system: You are a helpful assistant.
user:
Analyze the provided spectrum to determine if it is a **S-type Star**.

- **Key Indicators for S-type Star:**

    - **(Overall Spectrum Shape):** The first and most obvious characteristic is the overall continuum (the "baseline" shape). It is **extremely "red-sloping,"** meaning the flux (light intensity) is very low on the left side (blue, ~4000-4500 Å) and rises steeply and continuously toward the right side (red, ~7000 Å+).

    - **(Primary):** The spectrum is defined by the presence of strong, broad molecular absorption "valleys" (bands) from **Zirconium Oxide (ZrO)**. The identification of these bands is the **primary requirement** for classifying a star as S-type.
        - **(Key Bandheads):** You must find distinct, deep "dips" where the light has been absorbed. The most critical band systems to locate are:
            - **~6474 Å** ($\gamma$-system): This is often the strongest and clearest ZrO feature, found in the red part of the spectrum.
            - **~5718 Å** & **~5551 Å** ($\beta$-system): A pair of prominent absorption features in the yellow-orange part of the spectrum.
            - **~4640 Å** ($\alpha$-system): A key absorption band system in the blue-green region of the spectrum.

    - **(Secondary Confirmation):** The classification is strengthened by finding additional absorption bands from other related heavy element oxides, which are expected to be present alongside ZrO.
        - **(Key Bandheads):**
            - **Yttrium Oxide (YO):** Look for absorption dips near **~4800 Å** and **~6100 Å**.
            - **Lanthanum Oxide (LaO):** Additional absorption features, particularly in the red-orange part of the spectrum, are also characteristic.

    - **(Line Profile):** The combination of the steep red continuum and these numerous, deep molecular bands (ZrO, YO, etc.) gives the entire spectrum a very **"chopped-up"** or **"bumpy"** appearance. Instead of a smooth curve, the spectrum looks as though large, wide chunks of light have been "carved out" of it at the specific wavelengths listed above.

Think first, call **spectral_visualization_tool** if needed to examine features in detail, then provide your final answer. Your response must adhere to the following strict rules:
1.  **Overall Structure:** Your response must follow the format `<think>...</think> <tool_call>...</tool_call> (if a tool is used) <answer>...</answer>`.
2.  **Tool Usage Constraint:** You may only make **one** tool call per turn.
3.  **Final Answer Format:** In the `<answer>` tag, your conclusion must be inside a `\boxed{}` command (e.g., `\boxed{YES}` or `\boxed{NO}`), followed by your justification.

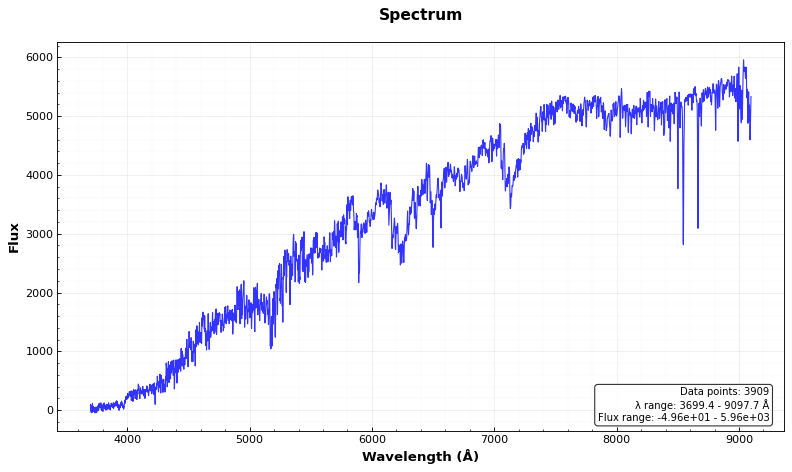
Answer: YES